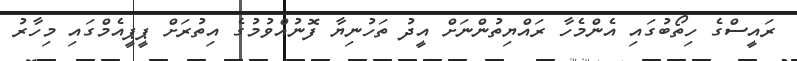
ރައީސްގެ ހިތޯބުގައި އެންމެހާ ރައްޔިތުންނަށް އީދު ތަހުނިޔާ ފޮނުއްވުމުގެ އިތުރަށް ޕީޕީއެމްގައި މިހާރު